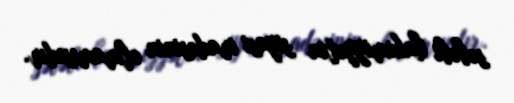
səbəbi hakimiyyətin siyasi iradəsinin olmamısıdır.